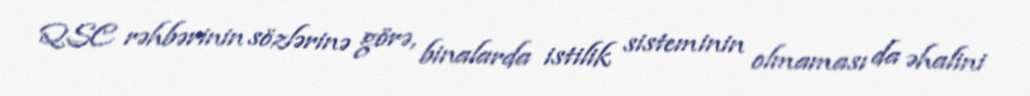
QSC rəhbərinin sözlərinə görə, binalarda istilik sisteminin olmaması da əhalini